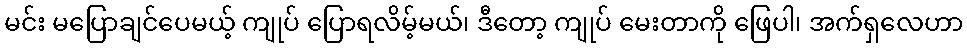
မင်း မပြောချင်ပေမယ့် ကျုပ် ပြောရလိမ့်မယ်၊ ဒီတော့ ကျုပ် မေးတာကို ဖြေပါ၊ အက်ရှလေဟာ